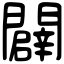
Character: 闢